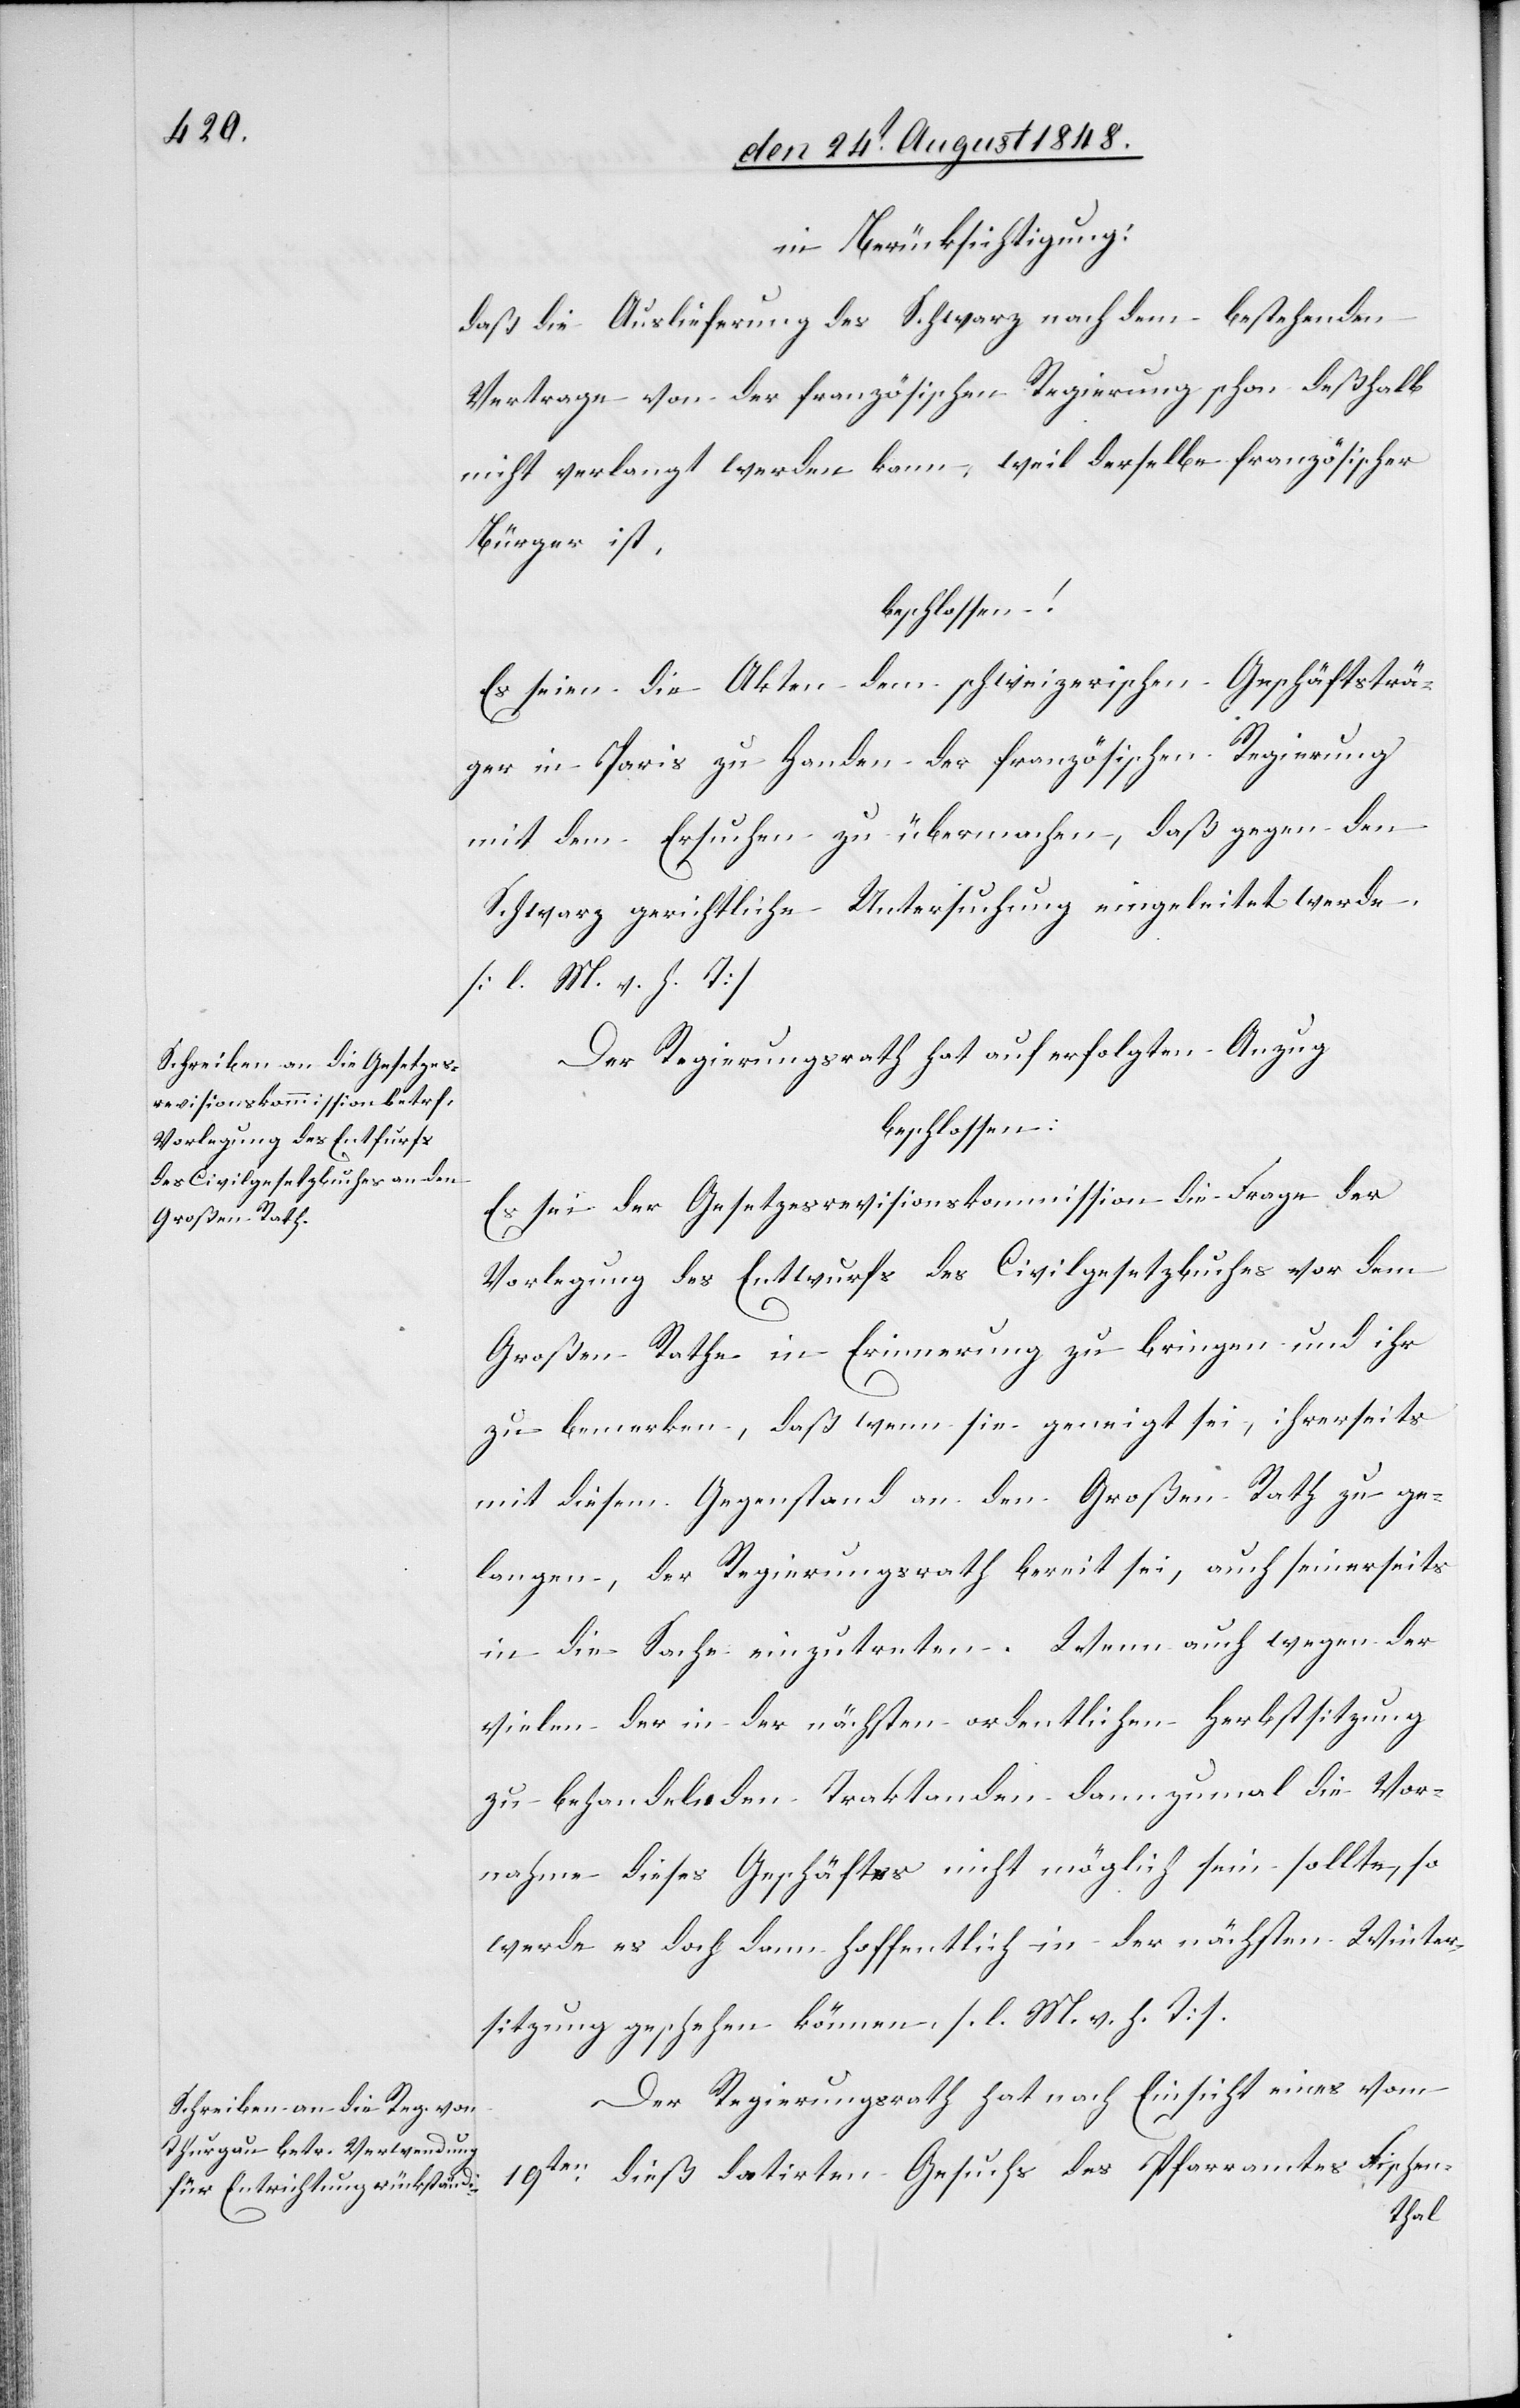
in Berücksichtigung:
daß die Auslieferung des Schwarz nach dem bestehenden
Vertrage von der französischen Regierung schon deßhalb
nicht verlangt werden kann, weil derselbe französischer
Bürger ist,
beschlossen:
Es seien die Akten dem schweizerischen Geschäftsträ¬
ger in Paris zu Handen der französischen Regierung
mit dem Ersuchen zu übermachen, daß gegen den
Schwarz gerichtliche Untersuchung eingeleitet werde.
[l. M. v. h. T]
Der Regierungsrath hat auf erfolgten Anzug
beschlossen:
Es sei der Gesetzesrevisionskommission die Frage der
Vorlegung des Entwurfs des Civilgesetzbuches vor dem
Großen Rathe in Erinnerung zu bringen und ihr
zu bemerken, daß wenn sie geneigt sei, ihrerseits
mit diesem Gegenstand an den Großen Rath zu ge¬
langen, der Regierungsrath bereit sei, auch seinerseits
in die Sache einzutreten. Wenn auch wegen der
vielen der in der nächsten ordentlichen Herbstsitzung
zu behandelnden Traktanden dannzumal die Vor¬
nahme dieses Geschäftes nicht möglich sein sollte, so
werde es doch dann hoffentlich in der nächsten Winter¬
sitzung geschehen können. [l. M. v. h. T]
Der Regierungsrath hat nach Einsicht eines vom
19ten dieß datirten Gesuchs des Pfarramtes Fischen-